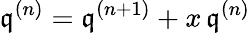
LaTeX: {\mathfrak{q}}^{(n)}={\mathfrak{q}}^{(n+1)}+x\, {\mathfrak{q}}^{(n)}